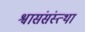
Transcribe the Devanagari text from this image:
श्वासंसंस्त्था